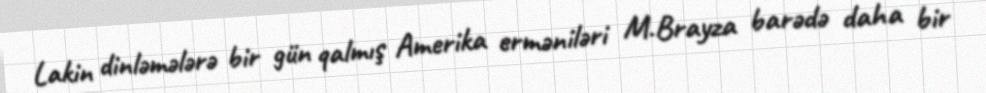
Lakin dinləmələrə bir gün qalmış Amerika erməniləri M.Brayza barədə daha bir